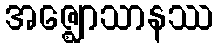
အဇ္ဈောသာနဿ